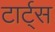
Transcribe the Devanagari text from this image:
टार्ट्‌स